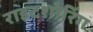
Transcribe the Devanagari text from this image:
राइटशोरिंग